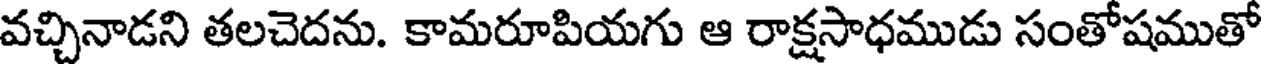
వచ్చినాడని తలచెదను. కామరూపియగు ఆ రాక్షసాధముడు సంతోషముతో